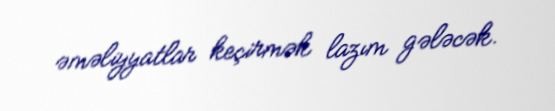
əməliyyatlar keçirmək lazım gələcək.